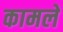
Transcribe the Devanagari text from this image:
कामले